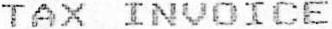
TAX INVOICE